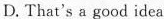
D. That's a good idea